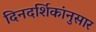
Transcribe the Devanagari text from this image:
दिनदर्शिकांनुसार